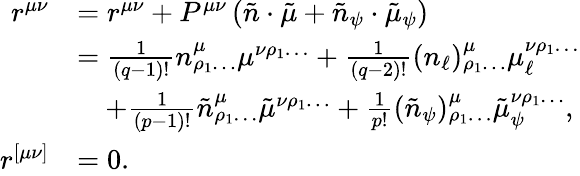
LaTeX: \begin{array}{rl}{r^{\mu\nu}}&{=r^{\mu\nu}+P^{\mu\nu}\left(\tilde{n}\cdot\tilde{\mu}+\tilde{n}_{\psi}\cdot\tilde{\mu}_{\psi}\right)}\\ &{=\frac{1}{(q-1)!}n^{\mu}_{\rho_{1}\ldots}\mu^{\nu\rho_{1}\ldots}+\frac{1}{(q-2)!}(n_{\ell})^{\mu}_{\rho_{1}\ldots}\mu_{\ell}^{\nu\rho_{1}\ldots}}\\ &{\quad+\frac{1}{(p-1)!}\tilde{n}^{\mu}_{\rho_{1}\ldots}\tilde{\mu}^{\nu\rho_{1}\ldots}+\frac{1}{p!}(\tilde{n}_{\psi})^{\mu}_{\rho_{1}\ldots}\tilde{\mu}_{\psi}^{\nu\rho_{1}\ldots},}\\ {r^{[\mu\nu]}}&{=0.}\end{array}